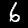
Label: 6